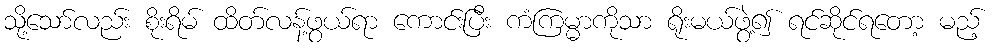
သို့သော်လည်း စိုးရိမ် ထိတ်လန့်ဖွယ်ရာ ကောင်းပြီး ကံကြမ္မာကိုသာ ရိုးမယ်ဖွဲ့၍ ရင်ဆိုင်ရတော့ မည့်